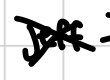
Text: Jeff
Cross-out: cross
Writing tool: digital_black